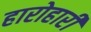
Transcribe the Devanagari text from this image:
हारोहारी